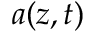
a ( z , t )